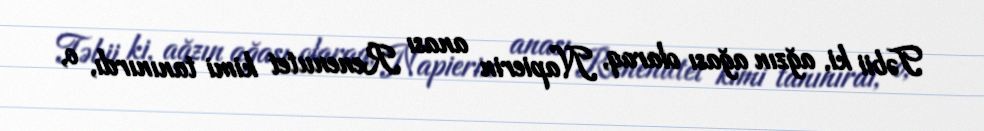
Təbii ki, ağzın ağası olaraq, Napierin anası Renenutet kimi tanınırdı, o,